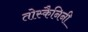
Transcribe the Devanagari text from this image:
तोस्कैनिनी